Report of the Indian Hemp Drugs Commission, 1894-1895 - Volume II
Year: 1894
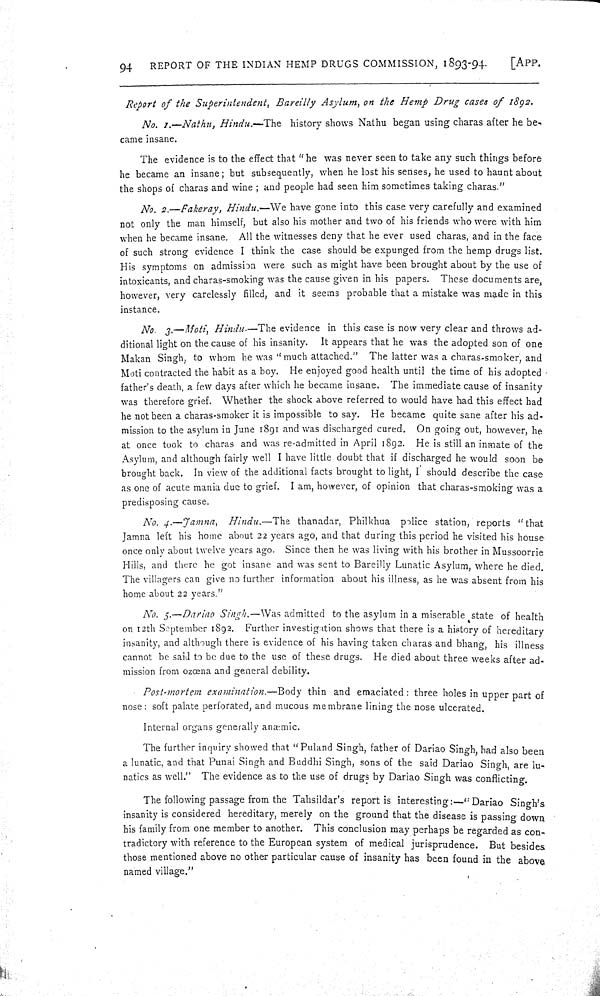
94
REPORT OF THE INDIAN HEMP DRUGS COMMISSION, 1893-94.
[APP.
Report of the Superintendent, Bareilly Asylum, on the Hemp Drug cases of 1892.
No. 1.—Nathu, Hindu.—The
history shows Nathu began using charas after he be-
came insane.
The evidence is to the effect that "he was never seen to take any such things before
he became an insane; but subsequently, when he lost his senses, he used to haunt about
the shops of charas and wine; and people had seen him sometimes taking charas."
No. 2.—Fakeray, Hindu.—We have gone into this case very carefully and examined
not only the man himself, but also his mother and two of his friends who were with him
when he became insane. All the witnesses deny that he ever used charas, and in the face
of such strong evidence I think the case should be expunged from the hemp drugs list.
His symptoms on admission were such as might have been brought about by the use of
intoxicants, and charas-smoking was the cause given in his papers. These documents are
however, very carelessly filled, and it seems probable that a mistake was made in this
instance.
No. 3.—Moti, Hindu.—The evidence in this case is now very clear and throws ad-
ditional light on the cause of his insanity. It appears that he was the adopted son of one
Makan Singh, to whom he was "much attached." The latter was a charas-smoker, and
Moti contracted the habit as a boy. He enjoyed good health until the time of his adopted
father's death, a few days after which he became insane. The immediate cause of insanity
was therefore grief. Whether the shock above referred to would have had this effect had
he not been a charas-smoker it is impossible to say. He became quite sane after his ad-
mission to the asylum in June 1891 and was discharged cured. On going out, however, he
at once took to charas and was re-admitted in April 1892. He is still an inmate of the
Asylum, and although fairly well I have little doubt that if discharged he would soon be
brought back. In view of the additional facts brought to light, I should describe the case
as one of acute mania due to grief. I am, however, of opinion that charas-smoking was a
predisposing cause.
No. 4.—Jamna, Hindu.—The
thanadar, Philkhua police station, reports "that
Jamna left his home about 22 years ago, and that during this period he visited his house
once only about twelve years ago. Since then he was living with his brother in Mussoorrie
Hills, and there he got insane and was sent to Bareilly Lunatic Asylum, where he died.
The villagers can give no further information about his illness, as he was absent from his
home about 22 years."
No. 5.—Dariao Singh.—Was admitted to the asylum in a miserable state of health
on 12th September 1892. Further investigation shows that there is a history of hereditary
insanity, and although there is evidence of his having taken charas and bhang, his illness
cannot be said to be due to the use of these drugs. He died about three weeks after ad-
mission from ozœna and general debility.
Post-mortem examination.—Body thin and emaciated: three holes in upper part of
nose: soft palate perforated, and mucous membrane lining the nose ulcerated.
Internal organs generally anæmic.
The further inquiry showed that "Puland Singh, father of Dariao Singh, had also been
a lunatic, and that Punai Singh and Buddhi Singh, sons of the said Dariao Singh, are lu-
natics as well." The evidence as to the use of drugs by Dariao Singh was conflicting.
The following passage from the Tahsildar's report is interesting:—"Dariao Singh's
insanity is considered hereditary, merely on the ground that the disease is passing down
his family from one member to another. This conclusion may perhaps be regarded as con-
tradictory with reference to the European system of medical jurisprudence. But besides
those mentioned above no other particular cause of insanity has been found in the above
named village."